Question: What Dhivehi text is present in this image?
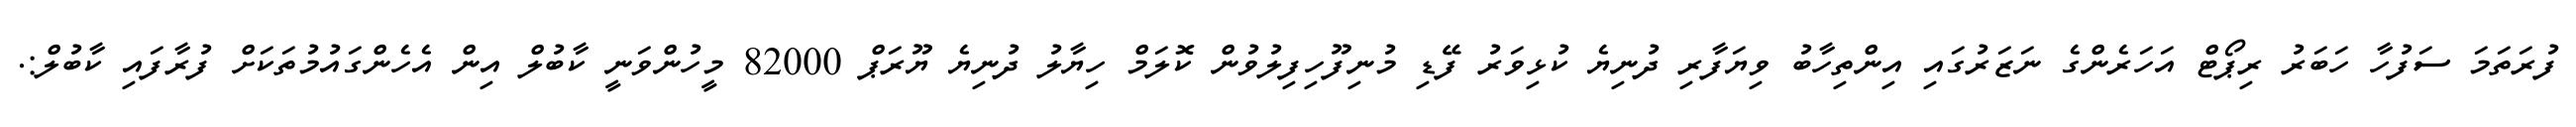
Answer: ފުރަތަމަ ސަފުހާ ހަބަރު ރިޕޯޓް އަހަރެންގެ ނަޒަރުގައި އިންތިހާބު ވިޔަފާރި ދުނިޔެ ކުޅިވަރު ފޭޑި މުނިފޫހިފިލުވުން ކޮލަމް ހިޔާލު ދުނިޔެ ޔޫރަޕް 82000 މީހުންވަނީ ކާބުލް އިން އެހެންގައުމުތަކަށް ފުރާފައި ކާބުލް:.